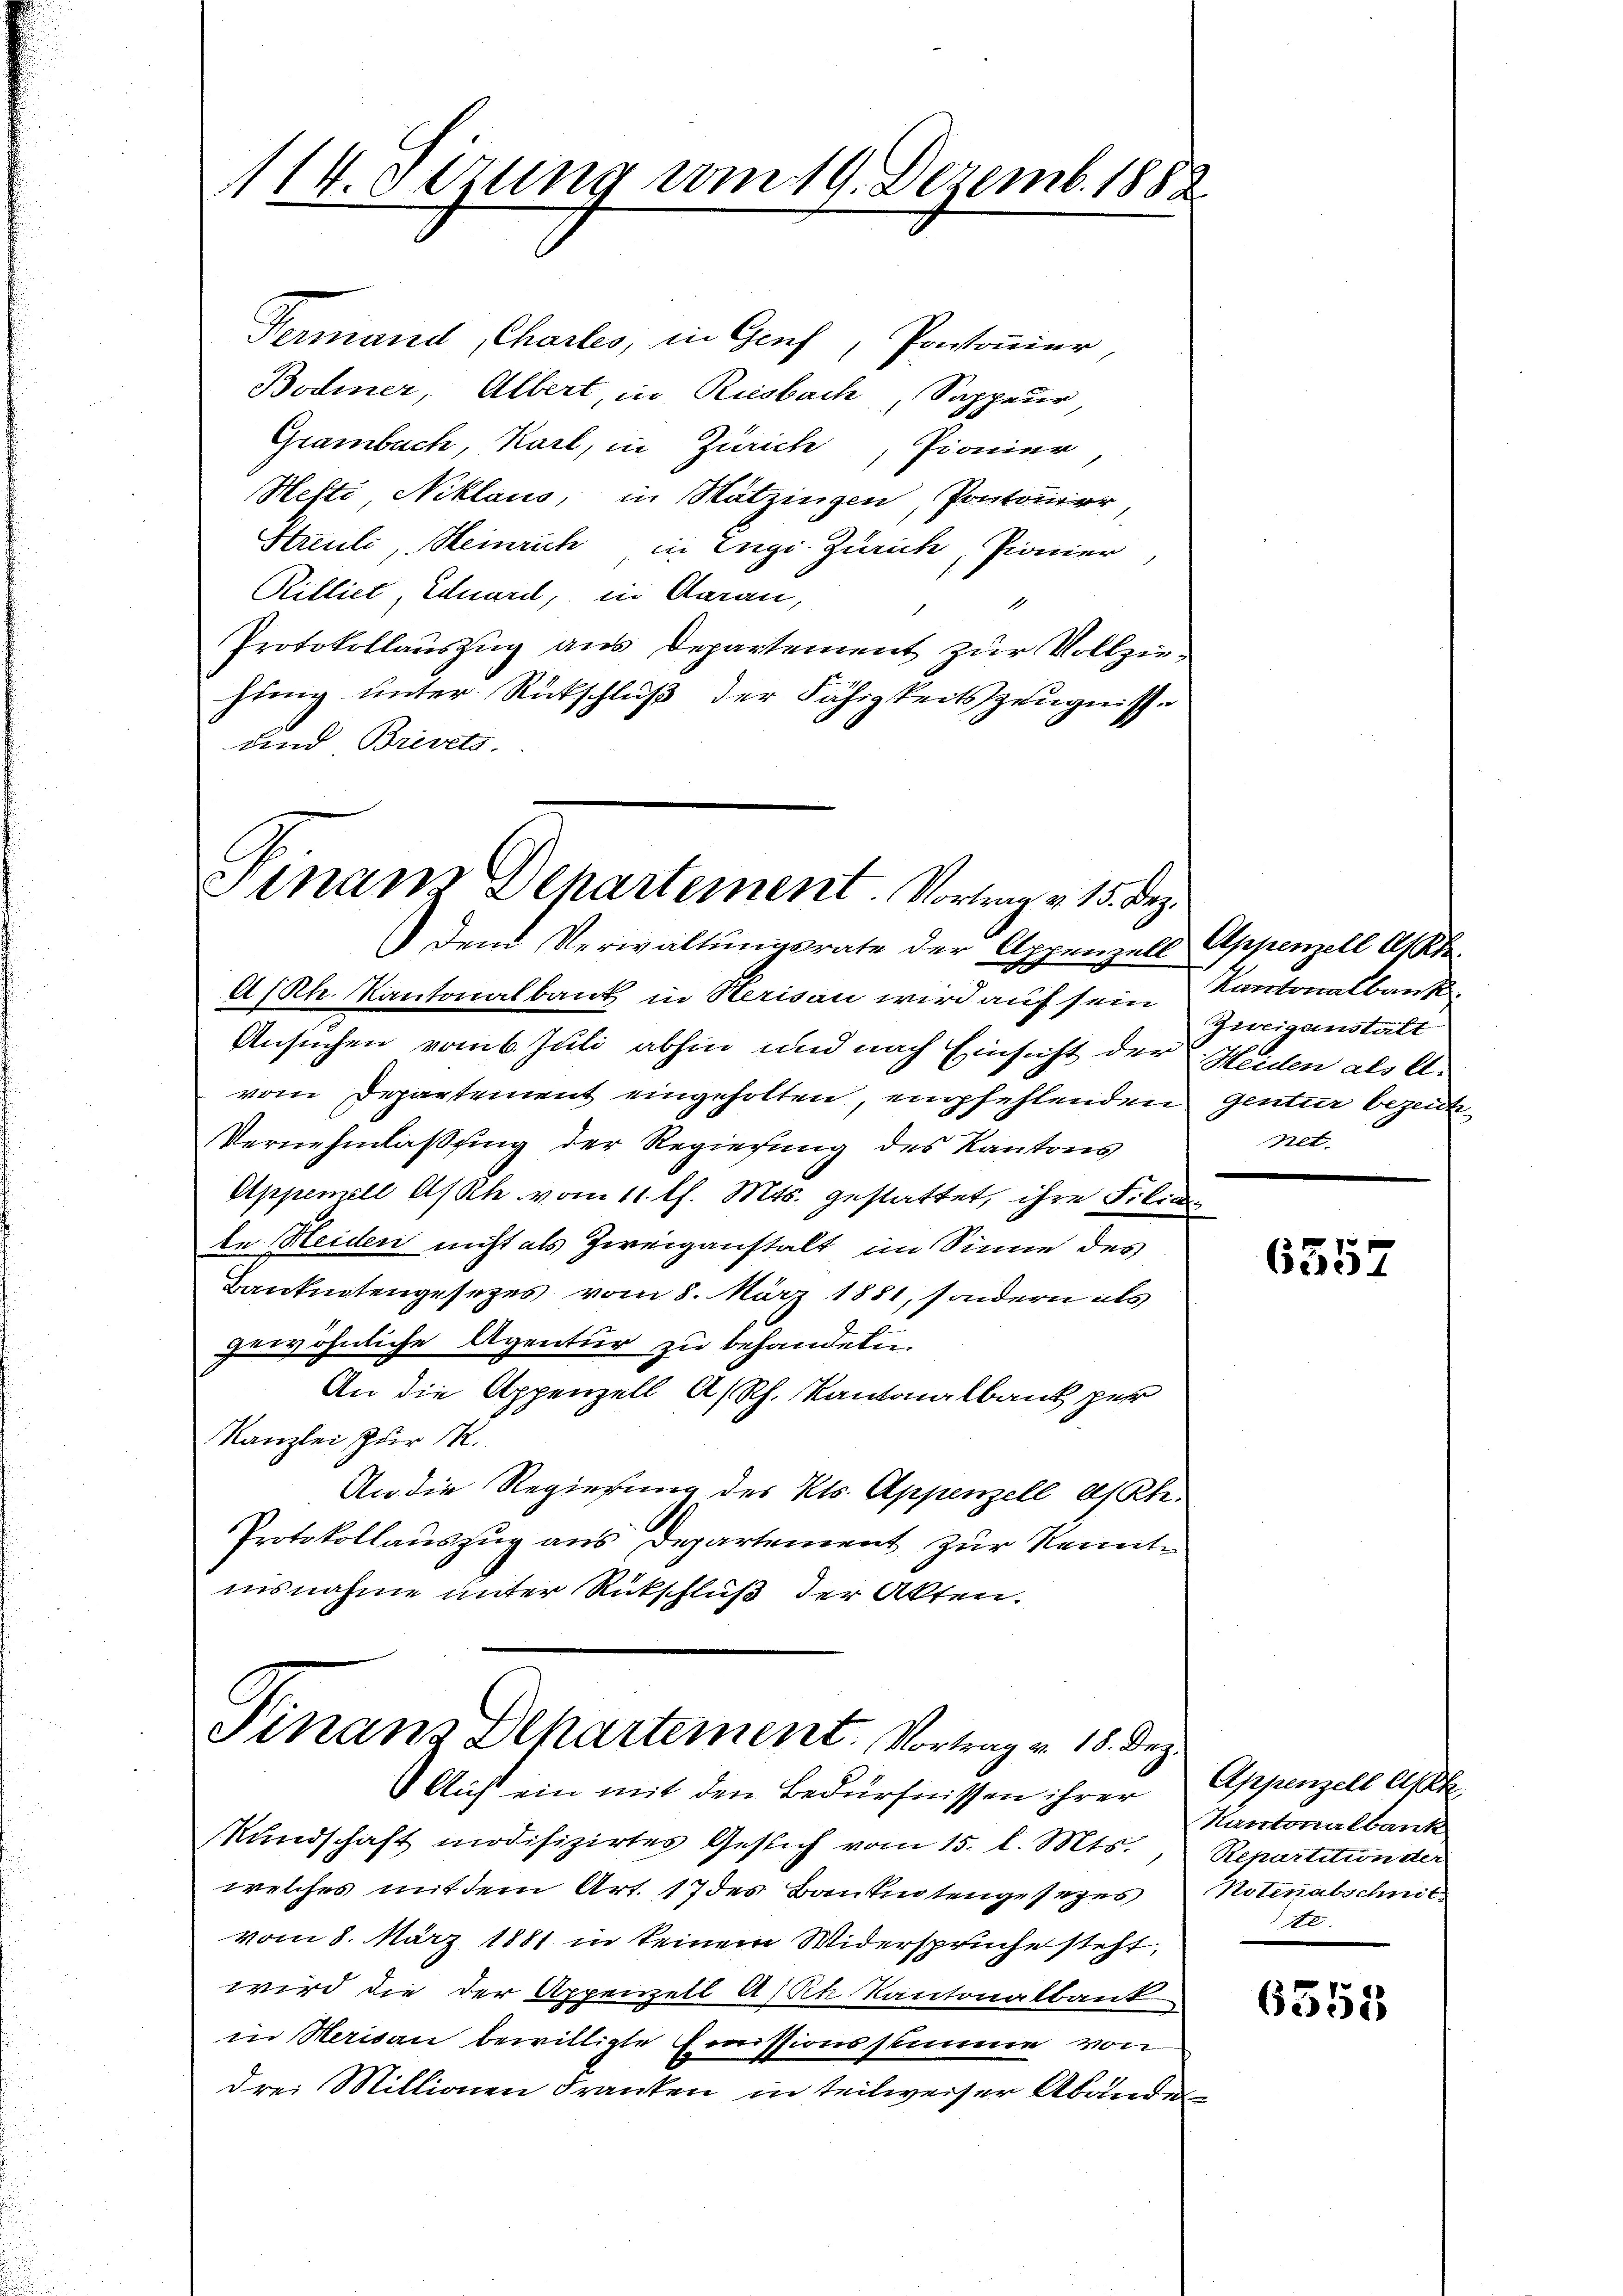
114. Sitzung vom 19. Dezemb. 1882

Fermand, Charles, in Genf, Pontonier
Bodner, Albert, in Riesbach, Sappeur,
Grambach, Karl, in Zürich, Pionier,
Hefti, Niklaus, in Nätzingen, Pontonier,
Streuli, Heinrich in Engi-Zürich, Pionier,
Rilliet, Eduard, in Aarau,
Protokollauszug aus Departement zur Vollziehieng unter Rückschluß der Fähigkeitszeugnisse
und Brevets.

Finanz Departement. Vortrag v. 15. Dez.
Den Verwaltungsrate der Appenzell Appenzell Akte

A/Rh. Kantonalbank in Herisau wird auf sein Kantonalbank
Ansuchen vom 6. Juli abhin und nach Einsicht der Heiden als A.
vom Departement eingeholten, empfehlenden gentur bezeich¬
Vernehmlaßung der Regiesung des Kantons
Appemell A/Rh vom 11. l. Mts. gestattet, ihre Filia
te Heiden nicht als Zweiganstalt im Sinne des
Banknotengesetzes vom 8. März 1881, sondern als
gewöhnliche Agentur zu behandeln.
An die Appenzell A/Rh. Kantonalbank per
Kanzlei zur R.
An die Regierung des Kts. Appenzell a/Rh.
Protokollauszug aus Departement zur Kenntinsnahme unter Rückschluß der Akten.

Finanz Departement. Vortrag v. 18. Dez.
Auf ein mit den Bedürfnissen ihrer

Mundschaft modifizirtes Gesich vom 15. l. Mts.
welches mit dem Art. 17 des Banknotengesetzes Notenabschnit
vom 8. März 1881 in keinem Widersprüche steht,
wird die der Appenzell A/Rt Kantonalbank
in Herisau bewilligte Commissionsstimme von
drei Millionen Franken in teilweiser Abände

Zweigenstalt
net.

6357

Appenzell Ak
Kantonalbank
Repartition der
te

6355